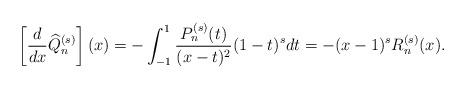
LaTeX: \begin{align*}\left[\frac{d}{dx} \widehat{Q}_n^{(s)} \right] (x) = - \int_{-1}^1 \frac{P_n^{(s)}(t) }{(x - t)^2} ( 1- t)^s d t = - ( x - 1)^s R_n^{(s)} ( x) .\end{align*}